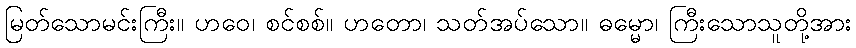
မြတ်သောမင်းကြီး။ ဟဝေ၊ စင်စစ်။ ဟတော၊ သတ်အပ်သော။ ဓမ္မော၊ ကြီးသောသူတို့အား